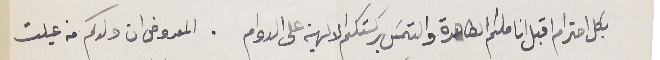
بكل احترام اقبل اناملكم الطاهرة والتمسَ بركتكم الالهية على الدوام. المعروض ان ولدكم من عيلت